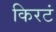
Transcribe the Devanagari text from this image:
किरटं